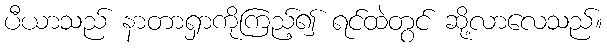
ပီယာသည် နာတာရှာကိုကြည့်၍ ရင်ထဲတွင် ဆို့လာလေသည်။